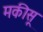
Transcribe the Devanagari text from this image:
मकीसू